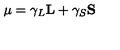
{ \bf \mu } = \gamma _ { L } { \bf L } + \gamma _ { S } { \bf S }